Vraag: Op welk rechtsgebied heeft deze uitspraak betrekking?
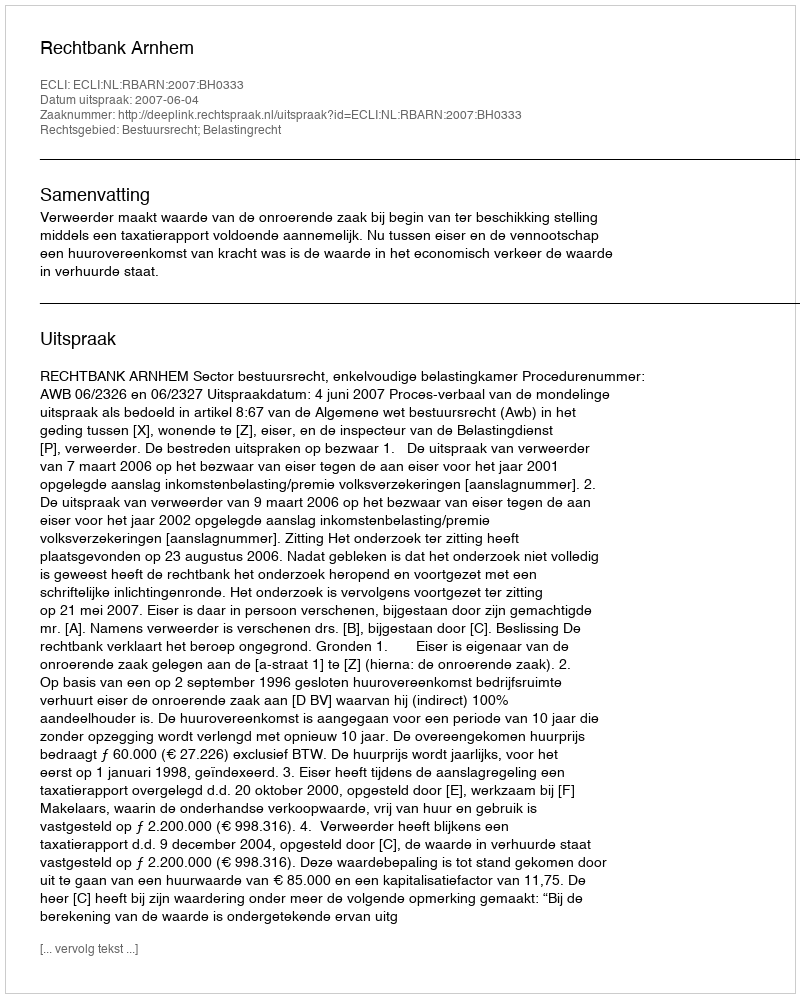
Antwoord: Bestuursrecht; Belastingrecht